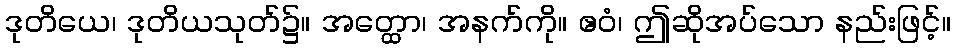
ဒုတိယေ၊ ဒုတိယသုတ်၌။ အတ္ထော၊ အနက်ကို။ ဧဝံ၊ ဤဆိုအပ်သော နည်းဖြင့်။